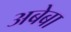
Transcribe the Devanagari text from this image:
अबेबा